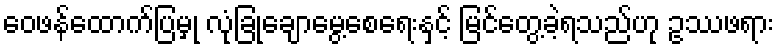
ဝေဖန်ထောက်ပြမှု လုံခြုံချောမွေ့စေရေးနှင့် မြင်တွေ့ခဲ့ရသည်ဟု ဥဿဖရား